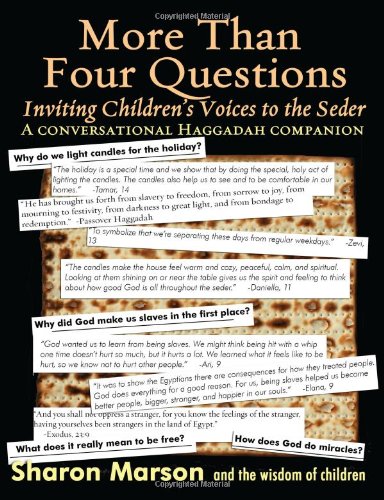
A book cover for More Than Four Questions: Inviting Children's Voices to the Seder -- A Conversational Haggadah Companion; Sharon Marson; Religion & Spirituality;